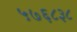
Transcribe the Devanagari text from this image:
५७६८३८